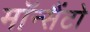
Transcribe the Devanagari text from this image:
मॉन्सैंटो